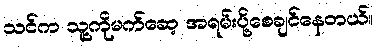
သင်က သူ့ကိုမက်ဆေ့ အရမ်းပို့စေချင်နေတယ်။